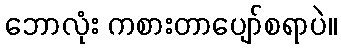
ဘောလုံး ကစားတာပျော်စရာပဲ။